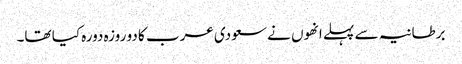
برطانیہ سے پہلے انھوں نے سعودی عرب کا دو روزہ دورہ کیا تھا۔